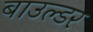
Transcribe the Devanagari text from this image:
बाउल्डर